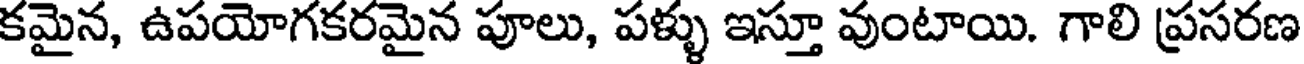
కమైన, ఉపయోగకరమైన పూలు, పళ్ళు ఇస్తూ వుంటాయి. గాలి ప్రసరణ